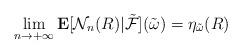
LaTeX: \begin{align*}\lim_{n\rightarrow +\infty}\mathbf E[{\mathcal N}_n(R)|\tilde{\mathcal F}](\tilde\omega)= \eta_{\tilde\omega}(R)\end{align*}